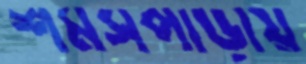
শমসপাড়ায়